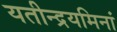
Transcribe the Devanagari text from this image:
यतीन्द्रयमिनां